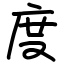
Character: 度